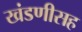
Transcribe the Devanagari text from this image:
खंडणीसह